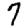
Digit: 7